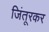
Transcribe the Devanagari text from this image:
जिंतूरकर